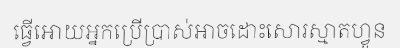
ធ្វើអោយអ្នកប្រើប្រាស់អាចដោះសោរស្មាតហ្វូន